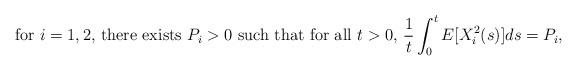
LaTeX: \begin{align*} \mbox{for $i=1, 2$, there exists $P_i > 0$ such that for all $t > 0$, } \frac{1}{t} \int_0^t E[X_i^2(s)] ds = P_i,\end{align*}